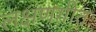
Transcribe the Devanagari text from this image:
लक्षणगीतः